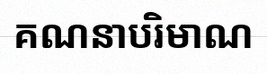
គណនាបរិមាណ